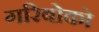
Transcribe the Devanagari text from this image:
गरिबोको